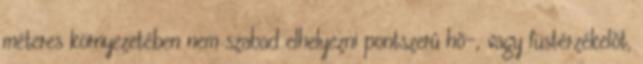
méteres környezetében nem szabad elhelyezni pontszerû hõ-, vagy füstérzékelõt,